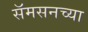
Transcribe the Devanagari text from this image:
सॅमसनच्या